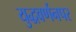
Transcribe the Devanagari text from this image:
युद्धवर्णनपर